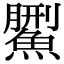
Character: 𩺄